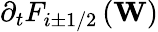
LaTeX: {{\partial}_{t}}{{F}_{i\pm 1/2}}\left(\mathbf{W}\right)